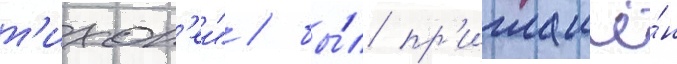
т'ихон'еи" / бы́л пр'иглашё́н